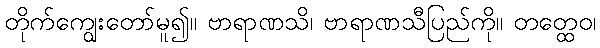
တိုက်ကျွေးတော်မူ၍။ ဗာရာဏသိ၊ ဗာရာဏသီပြည်ကို။ တတ္ထေဝ၊